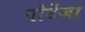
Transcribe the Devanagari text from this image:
पोटेंजा